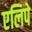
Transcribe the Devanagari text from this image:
एलिपे